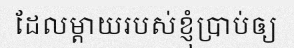
ដែលម្តាយរបស់ខ្ញុំប្រាប់ឲ្យ